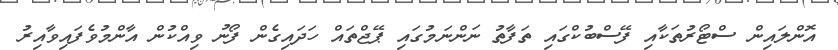
އޮންލައިން ސްޓޯރުތަކާއި ފޭސްބުކްގައި ތަފާތު ނަންނަމުގައި ޕޭޖްތައް ހަދައިގެން ފޯނު ވިއްކުން އާންމުވެފައިވާއިރު